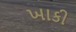
ખાકી